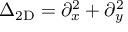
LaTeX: \Delta _ { \mathrm { 2 D } } = \partial _ { x } ^ { 2 } + \partial _ { y } ^ { 2 }